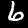
Digit: 6